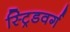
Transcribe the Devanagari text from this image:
स्ट्रिडवर्ग